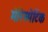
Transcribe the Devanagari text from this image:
मेरिस्मेटिक